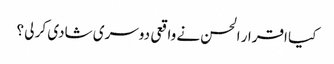
کیا اقرار الحسن نے واقعی دوسری شادی کر لی ؟